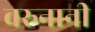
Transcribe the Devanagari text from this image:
वरुनानी